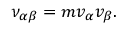
\nu _ { \alpha \beta } = m v _ { \alpha } v _ { \beta } .